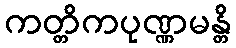
ကတ္တိကပုဏ္ဏမန္တိ